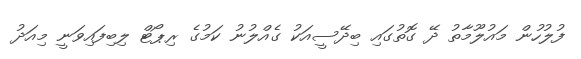
ފުލުހުން މައުލޫމާތު ދޭ ގޮތުގައި ބިދޭސީއަކު ގެއްލުނު ކަމުގެ ރިޕޯޓް ލިބިފައިވަނީ މިއަދު